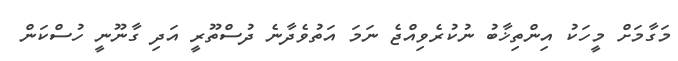
މަގާމަށް މީހަކު އިންތިޚާބު ނުކުރެވިއްޖެ ނަމަ އަތުވެދާނެ ދުސްތޫރީ އަދި ގާނޫނީ ހުސްކަން